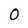
Character: O